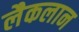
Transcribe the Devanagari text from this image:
लैकलान